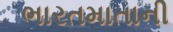
ભારતમાતાની